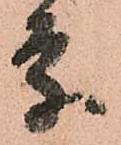
条